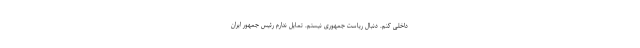
داخلی کنم. دنبال ریاست جمهوری نیستم. تمایل ندارم رئیس جمهور ایران